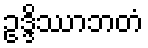
ဥဒ္ဒိဿာဘတံ